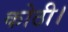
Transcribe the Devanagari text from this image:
कोठी।